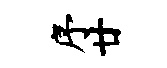
序廿